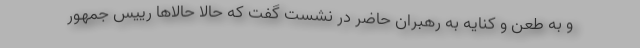
و به طعن و کنایه به رهبران حاضر در نشست گفت که حالا حالاها رییس جمهور